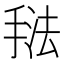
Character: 𰔃